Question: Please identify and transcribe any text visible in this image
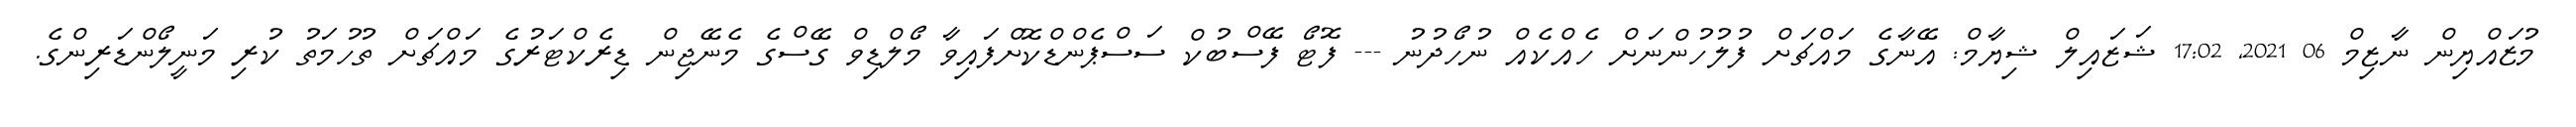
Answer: މުޒައްޔިން ނާޒިމް 06 2021, 17:02 ޝަޒައިލް ޝިޔާމް: އޭނާގެ މައްޗަށް ފުލުހުންނަށް ހެއްކެއް ނުހޯދުނު --- ފޮޓޯ ފޭސްބުކް ސަސްޕެންޑްކޮށްފައިވާ މޯލްޑިވް ގޭސްގެ މެނޭޖިން ޑިރެކްޓަރުގެ މައްޗަށް ތުހުމަތު ކުރި މަނީލޯންޑަރިންގެ.